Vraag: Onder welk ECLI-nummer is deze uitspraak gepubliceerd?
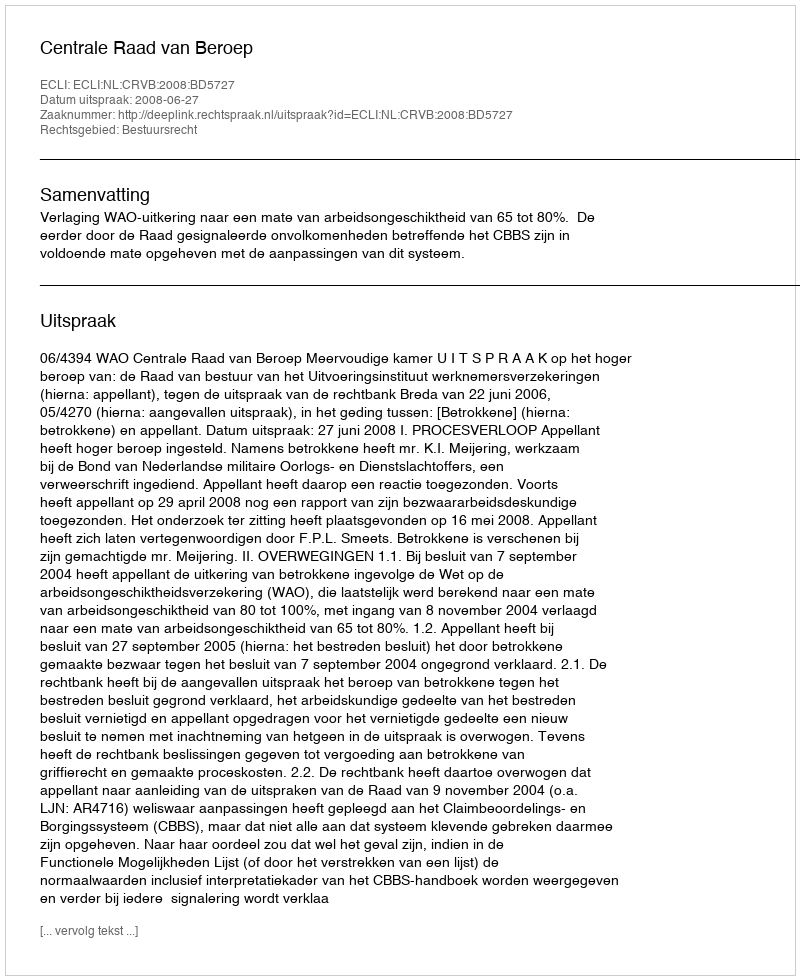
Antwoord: ECLI:NL:CRVB:2008:BD5727